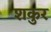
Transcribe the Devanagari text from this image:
शकुर